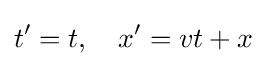
t'=t,\quad x'=vt+x